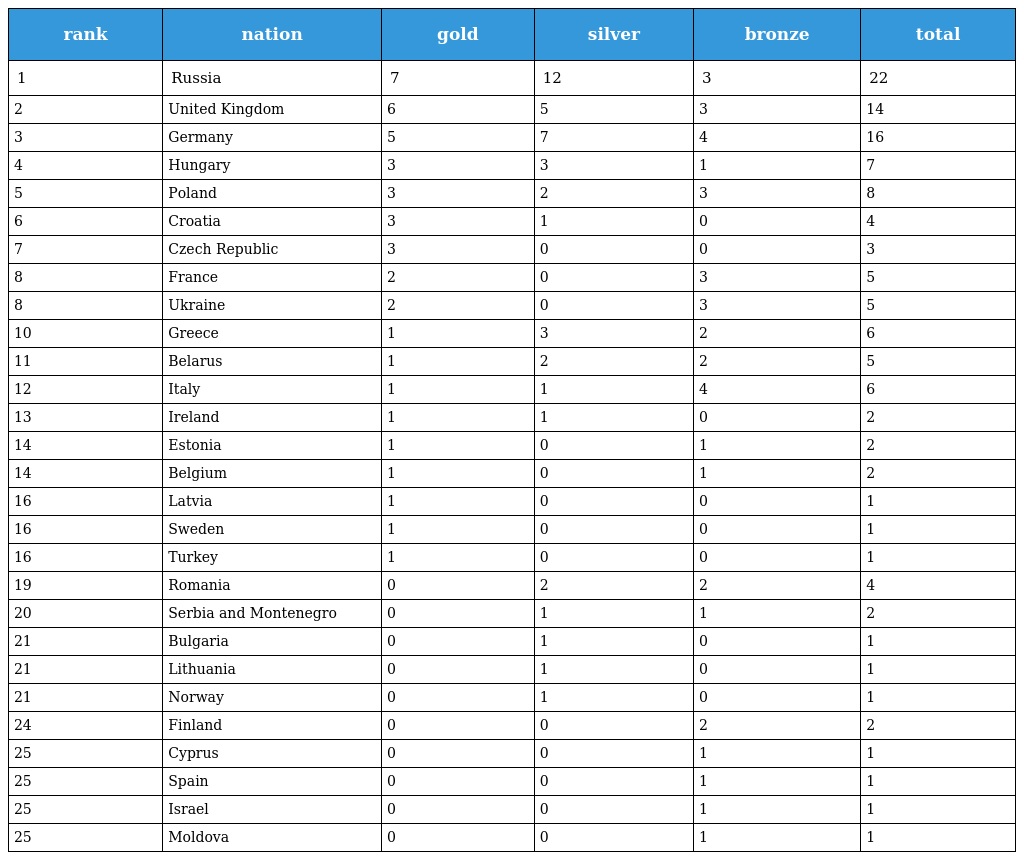
| rank | nation | gold | silver | bronze | total |
 | --- | --- | --- | --- | --- | --- |
 | 1 | Russia | 7 | 12 | 3 | 22 |
 | 2 | United Kingdom | 6 | 5 | 3 | 14 |
 | 3 | Germany | 5 | 7 | 4 | 16 |
 | 4 | Hungary | 3 | 3 | 1 | 7 |
 | 5 | Poland | 3 | 2 | 3 | 8 |
 | 6 | Croatia | 3 | 1 | 0 | 4 |
 | 7 | Czech Republic | 3 | 0 | 0 | 3 |
 | 8 | France | 2 | 0 | 3 | 5 |
 | 8 | Ukraine | 2 | 0 | 3 | 5 |
 | 10 | Greece | 1 | 3 | 2 | 6 |
 | 11 | Belarus | 1 | 2 | 2 | 5 |
 | 12 | Italy | 1 | 1 | 4 | 6 |
 | 13 | Ireland | 1 | 1 | 0 | 2 |
 | 14 | Estonia | 1 | 0 | 1 | 2 |
 | 14 | Belgium | 1 | 0 | 1 | 2 |
 | 16 | Latvia | 1 | 0 | 0 | 1 |
 | 16 | Sweden | 1 | 0 | 0 | 1 |
 | 16 | Turkey | 1 | 0 | 0 | 1 |
 | 19 | Romania | 0 | 2 | 2 | 4 |
 | 20 | Serbia and Montenegro | 0 | 1 | 1 | 2 |
 | 21 | Bulgaria | 0 | 1 | 0 | 1 |
 | 21 | Lithuania | 0 | 1 | 0 | 1 |
 | 21 | Norway | 0 | 1 | 0 | 1 |
 | 24 | Finland | 0 | 0 | 2 | 2 |
 | 25 | Cyprus | 0 | 0 | 1 | 1 |
 | 25 | Spain | 0 | 0 | 1 | 1 |
 | 25 | Israel | 0 | 0 | 1 | 1 |
 | 25 | Moldova | 0 | 0 | 1 | 1 |